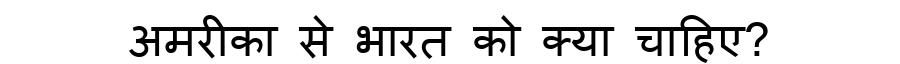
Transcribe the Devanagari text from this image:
अमरीका से भारत को क्या चाहिए?